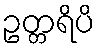
ဥတ္တရိပိ